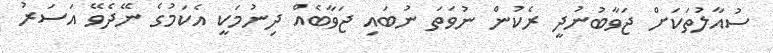
ސުއާލުތަކަށް ޖަވާބުނުދީ ރެކުން ނުވަތަ ނުބައި ޖަވާބެއް ދިނުމަކީ އެކަމުގެ ނޭދެވޭ އަސަރު